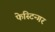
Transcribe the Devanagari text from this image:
फेस्टिन्गर